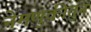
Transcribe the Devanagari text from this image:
नेमणुकीतुन